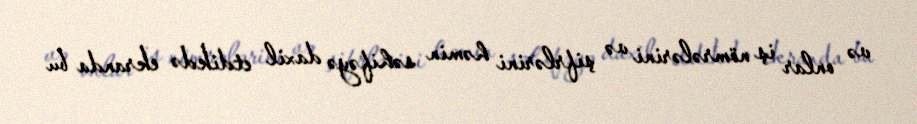
və onlar iş nömrələrini və şifrlərini həmin səhifəyə daxil etdikdə ekranda bu